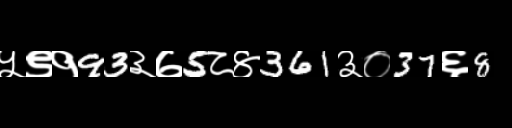
Text: ५९१93३७5८४361३०37६8